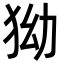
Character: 狕